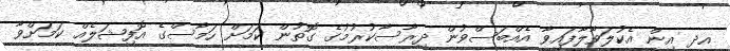
އދ އިން އެކުލަވާލާފައިވާ އެއްބަސްވުން ދިރާސާކުރުމުގެ ގޮތުން ކަމަށް ހަމާސްގެ އޮފިޝަލެއް ކަމަށްވާ